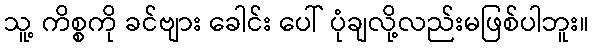
သူ့ ကိစ္စကို ခင်ဗျား ခေါင်း ပေါ် ပုံချလို့လည်းမဖြစ်ပါဘူး။